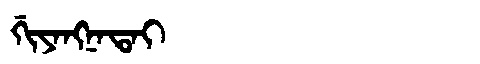
Manchu: ᡤᡳᠶᠠᠩᠨᠠᡨᠠᡳ
Romanization: GIYANGNATAI